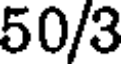
50/3